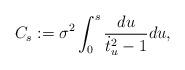
LaTeX: \begin{align*}C_s := \sigma^2 \int_0^s \frac{du}{\dot{t}_u^2-1} du,\end{align*}